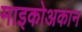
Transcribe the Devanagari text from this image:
माइकोअकान